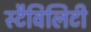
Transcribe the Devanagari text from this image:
स्टैविलिटी